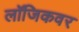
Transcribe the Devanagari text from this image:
लॉजिकवर